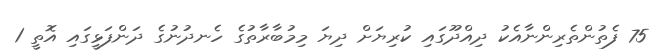
75 ފެތުންތެރިންނާއެކު ދިއްދޫގައި ކުރިޔަށް ދިޔަ މިމުބާރާތުގެ ހެނދުނުގެ ދަންފަޅީގައި އޮތީ 1